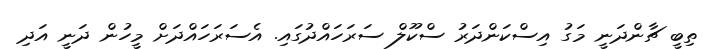
ތިބީ ޗާންދަނީ މަގު އިސްކަންދަރު ސްކޫލް ސަރަހައްދުގައި. އެސަރަހައްދަށް މީހުން ދަނީ އަދި